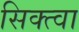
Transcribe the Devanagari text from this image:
सिक्त्वा